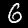
Digit: 6